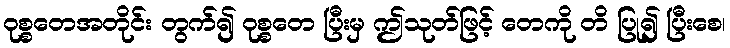
ဝုစ္စတေအတိုင်း တွက်၍ ဝုစ္စတေ ပြီးမှ ဤသုတ်ဖြင့် တေကို တိ ပြု၍ ပြီးစေ၊